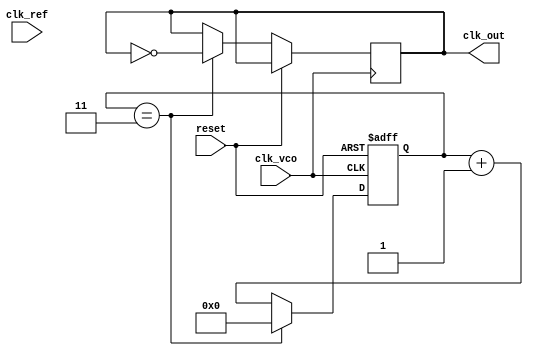
module parameterized_PLL #(
    parameter INPUT_FREQ_MIN = 1_000,  // Minimum input frequency in Hz
    parameter INPUT_FREQ_MAX = 100_000, // Maximum input frequency in Hz
    parameter OUTPUT_FREQ_MIN = 1_000,  // Minimum output frequency in Hz
    parameter OUTPUT_FREQ_MAX = 100_000, // Maximum output frequency in Hz
    parameter FEEDBACK_DIV_RATIO = 4,    // Feedback divider ratio
    parameter REFERENCE_DIV_RATIO = 1,   // Reference divider ratio
    parameter VCO_GAIN = 10,              // VCO gain (frequency deviation per unit control voltage)
    parameter LPF_TIME_CONSTANT = 10      // Low-pass filter time constant
)(
    input wire clk_ref,                   // Reference clock input
    input wire clk_vco,                   // VCO output clock
    input wire reset,                     // Reset signal
    output reg clk_out                    // Output clock
);

    // Internal signals
    reg [31:0] phase_error;               // Phase error from phase detector
    reg [31:0] control_voltage;            // Control voltage for VCO
    reg [31:0] vco_frequency;              // Current VCO frequency
    reg [31:0] feedback_divider;           // Feedback divider counter
    reg [31:0] reference_divider;          // Reference divider counter
    reg [31:0] lpf_output;                 // Output of the low-pass filter

    // Phase Detector (simple XOR-based)
    always @(posedge clk_ref or posedge reset) begin
        if (reset) begin
            phase_error <= 0;
        end else begin
            // Simple phase comparison (XOR)
            phase_error <= (clk_ref ^ clk_vco) ? 1 : 0;
        end
    end

    // Low-Pass Filter (first-order)
    always @(posedge clk_ref or posedge reset) begin
        if (reset) begin
            lpf_output <= 0;
        end else begin
            lpf_output <= (lpf_output * (LPF_TIME_CONSTANT - 1) + phase_error) / LPF_TIME_CONSTANT;
        end
    end

    // VCO (simple model)
    always @(posedge clk_ref or posedge reset) begin
        if (reset) begin
            vco_frequency <= OUTPUT_FREQ_MIN;
        end else begin
            // Update VCO frequency based on control voltage
            vco_frequency <= vco_frequency + (lpf_output * VCO_GAIN);
            // Ensure VCO frequency is within bounds
            if (vco_frequency > OUTPUT_FREQ_MAX) begin
                vco_frequency <= OUTPUT_FREQ_MAX;
            end else if (vco_frequency < OUTPUT_FREQ_MIN) begin
                vco_frequency <= OUTPUT_FREQ_MIN;
            end
        end
    end

    // Feedback Divider
    always @(posedge clk_vco or posedge reset) begin
        if (reset) begin
            feedback_divider <= 0;
        end else begin
            if (feedback_divider == FEEDBACK_DIV_RATIO - 1) begin
                feedback_divider <= 0;
                clk_out <= ~clk_out; // Toggle output clock
            end else begin
                feedback_divider <= feedback_divider + 1;
            end
        end
    end

    // Reference Divider (optional)
    always @(posedge clk_ref or posedge reset) begin
        if (reset) begin
            reference_divider <= 0;
        end else begin
            if (reference_divider == REFERENCE_DIV_RATIO - 1) begin
                reference_divider <= 0;
                // Additional logic for reference divider can be added here
            end else begin
                reference_divider <= reference_divider + 1;
            end
        end
    end

endmodule